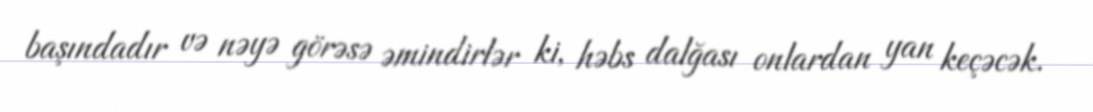
başındadır və nəyə görəsə əmindirlər ki, həbs dalğası onlardan yan keçəcək.